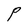
Character: P